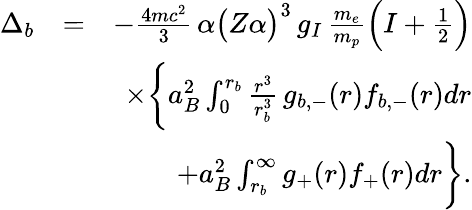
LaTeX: \begin{array}{rlr}{\Delta_{b}}&{=}&{-\frac{4mc^{2}}{3}\, \alpha\big(Z\alpha\big)^{3}\, g_{I}\, \frac{m_{e}}{m_{p}}\Big(I+\frac{1}{2}\Big)}\\ &{}&{\times\bigg\{ a_{B}^{2}\int_{0}^{r_{b}}\frac{r^{3}}{r_{b}^{3}}\, g_{b,-}(r)f_{b,-}(r)dr}\\ &{}&{+a_{B}^{2}\int_{r_{b}}^{\infty}g_{+}(r)f_{+}(r)dr\bigg\} .}\end{array}